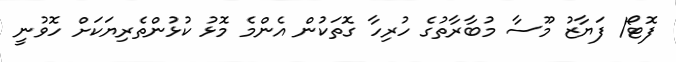
ފޮޓޯ/ ފަޔާޒު މޫސާ މުބާރާތުގެ ހުރިހާ ގޮތަކުން އެންމެ މޮޅު ކުޅުންތެރިޔަކަށް ހޮވުނީ